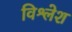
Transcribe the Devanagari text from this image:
विश्लेश